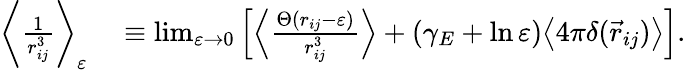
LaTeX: \begin{array}{rl}{\bigg\langle\frac{1}{r_{ij}^{3}}\bigg\rangle_{\varepsilon}}&{{}\equiv\operatorname*{lim}_{\varepsilon\rightarrow 0}\left[\left\langle\frac{\Theta(r_{ij}-\varepsilon)}{r_{ij}^{3}}\right\rangle+(\gamma_{E}+\ln\varepsilon)\big\langle 4\pi\delta(\vec{r}_{ij})\big\rangle\right].}\end{array}